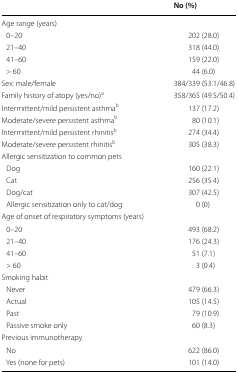
|  | No (%) |
 | --- | --- |
 | <COLSPAN=2> Age range (years) |
 | 0–20 | 202 (28.0) |
 | 21–40 | 318 (44.0) |
 | 41–60 | 159 (22.0) |
 | > 60 | 44 (6.0) |
 | Sex: male/female | 384/339 (53.1/46.8) |
 | Family history of atopy (yes/no)a | 358/365 (49.5/50.4) |
 | Intermittent/mild persistent asthmab | 137 (17.2) |
 | Moderate/severe persistent asthmab | 80 (10.1) |
 | Intermittent/mild persistent rhinitisb | 274 (34.4) |
 | Moderate/severe persistent rhinitisb | 305 (38.3) |
 | <COLSPAN=2> Allergic sensitization to common pets |
 | Dog | 160 (22.1) |
 | Cat | 256 (35.4) |
 | Dog/cat | 307 (42.5) |
 | Allergic sensitization only to cat/dog | 0 (0) |
 | <COLSPAN=2> Age of onset of respiratory symptoms (years) |
 | 0–20 | 493 (68.2) |
 | 21–40 | 176 (24.3) |
 | 41–60 | 51 (7.1) |
 | > 60 | 3 (0.4) |
 | <COLSPAN=2> Smoking habit |
 | Never | 479 (66.3) |
 | Actual | 105 (14.5) |
 | Past | 79 (10.9) |
 | Passive smoke only | 60 (8.3) |
 | <COLSPAN=2> Previous immunotherapy |
 | No | 622 (86.0) |
 | Yes (none for pets) | 101 (14.0) |